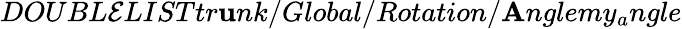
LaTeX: DOUBL\mathcal{E}LISTtr\mathbf{u}nk/Global/Rotation/\mathbf{A}nglemy_{a}ngle